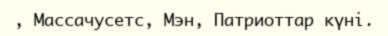
, Массачусетс, Мэн, Патриоттар күні.